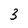
Character: 3